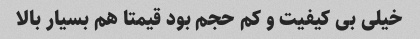
خیلی بی کیفیت و کم حجم بود قیمتا هم بسیار بالا